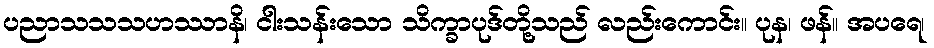
ပညာသသသဟဿာနိ၊ ငါးသန်းသော သိက္ခာပုဒ်တို့သည် လည်းကောင်း။ ပုန၊ ဖန်။ အပရေ၊